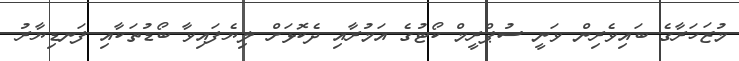
މުޒަހަރާގެ ބައިވެރިން ވަނީ ސުޕްރީމް ކޯޓުގެ އަމުރާއި ދެކޮޅަށް ލިޔެފައިވާ ބޯޑުތަކާއި ފަނޑިޔާރު